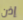
إذن